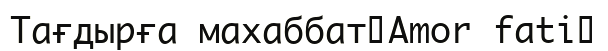
Тағдырға махаббат（Amor fati）